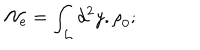
\mathcal { N } _ { e } = \int _ { \mathcal { L } } d ^ { 2 } y . \mathrm { \ r h o } _ { 0 } \mathrm { ; \quad }